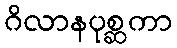
ဂိလာနပုစ္ဆကာ